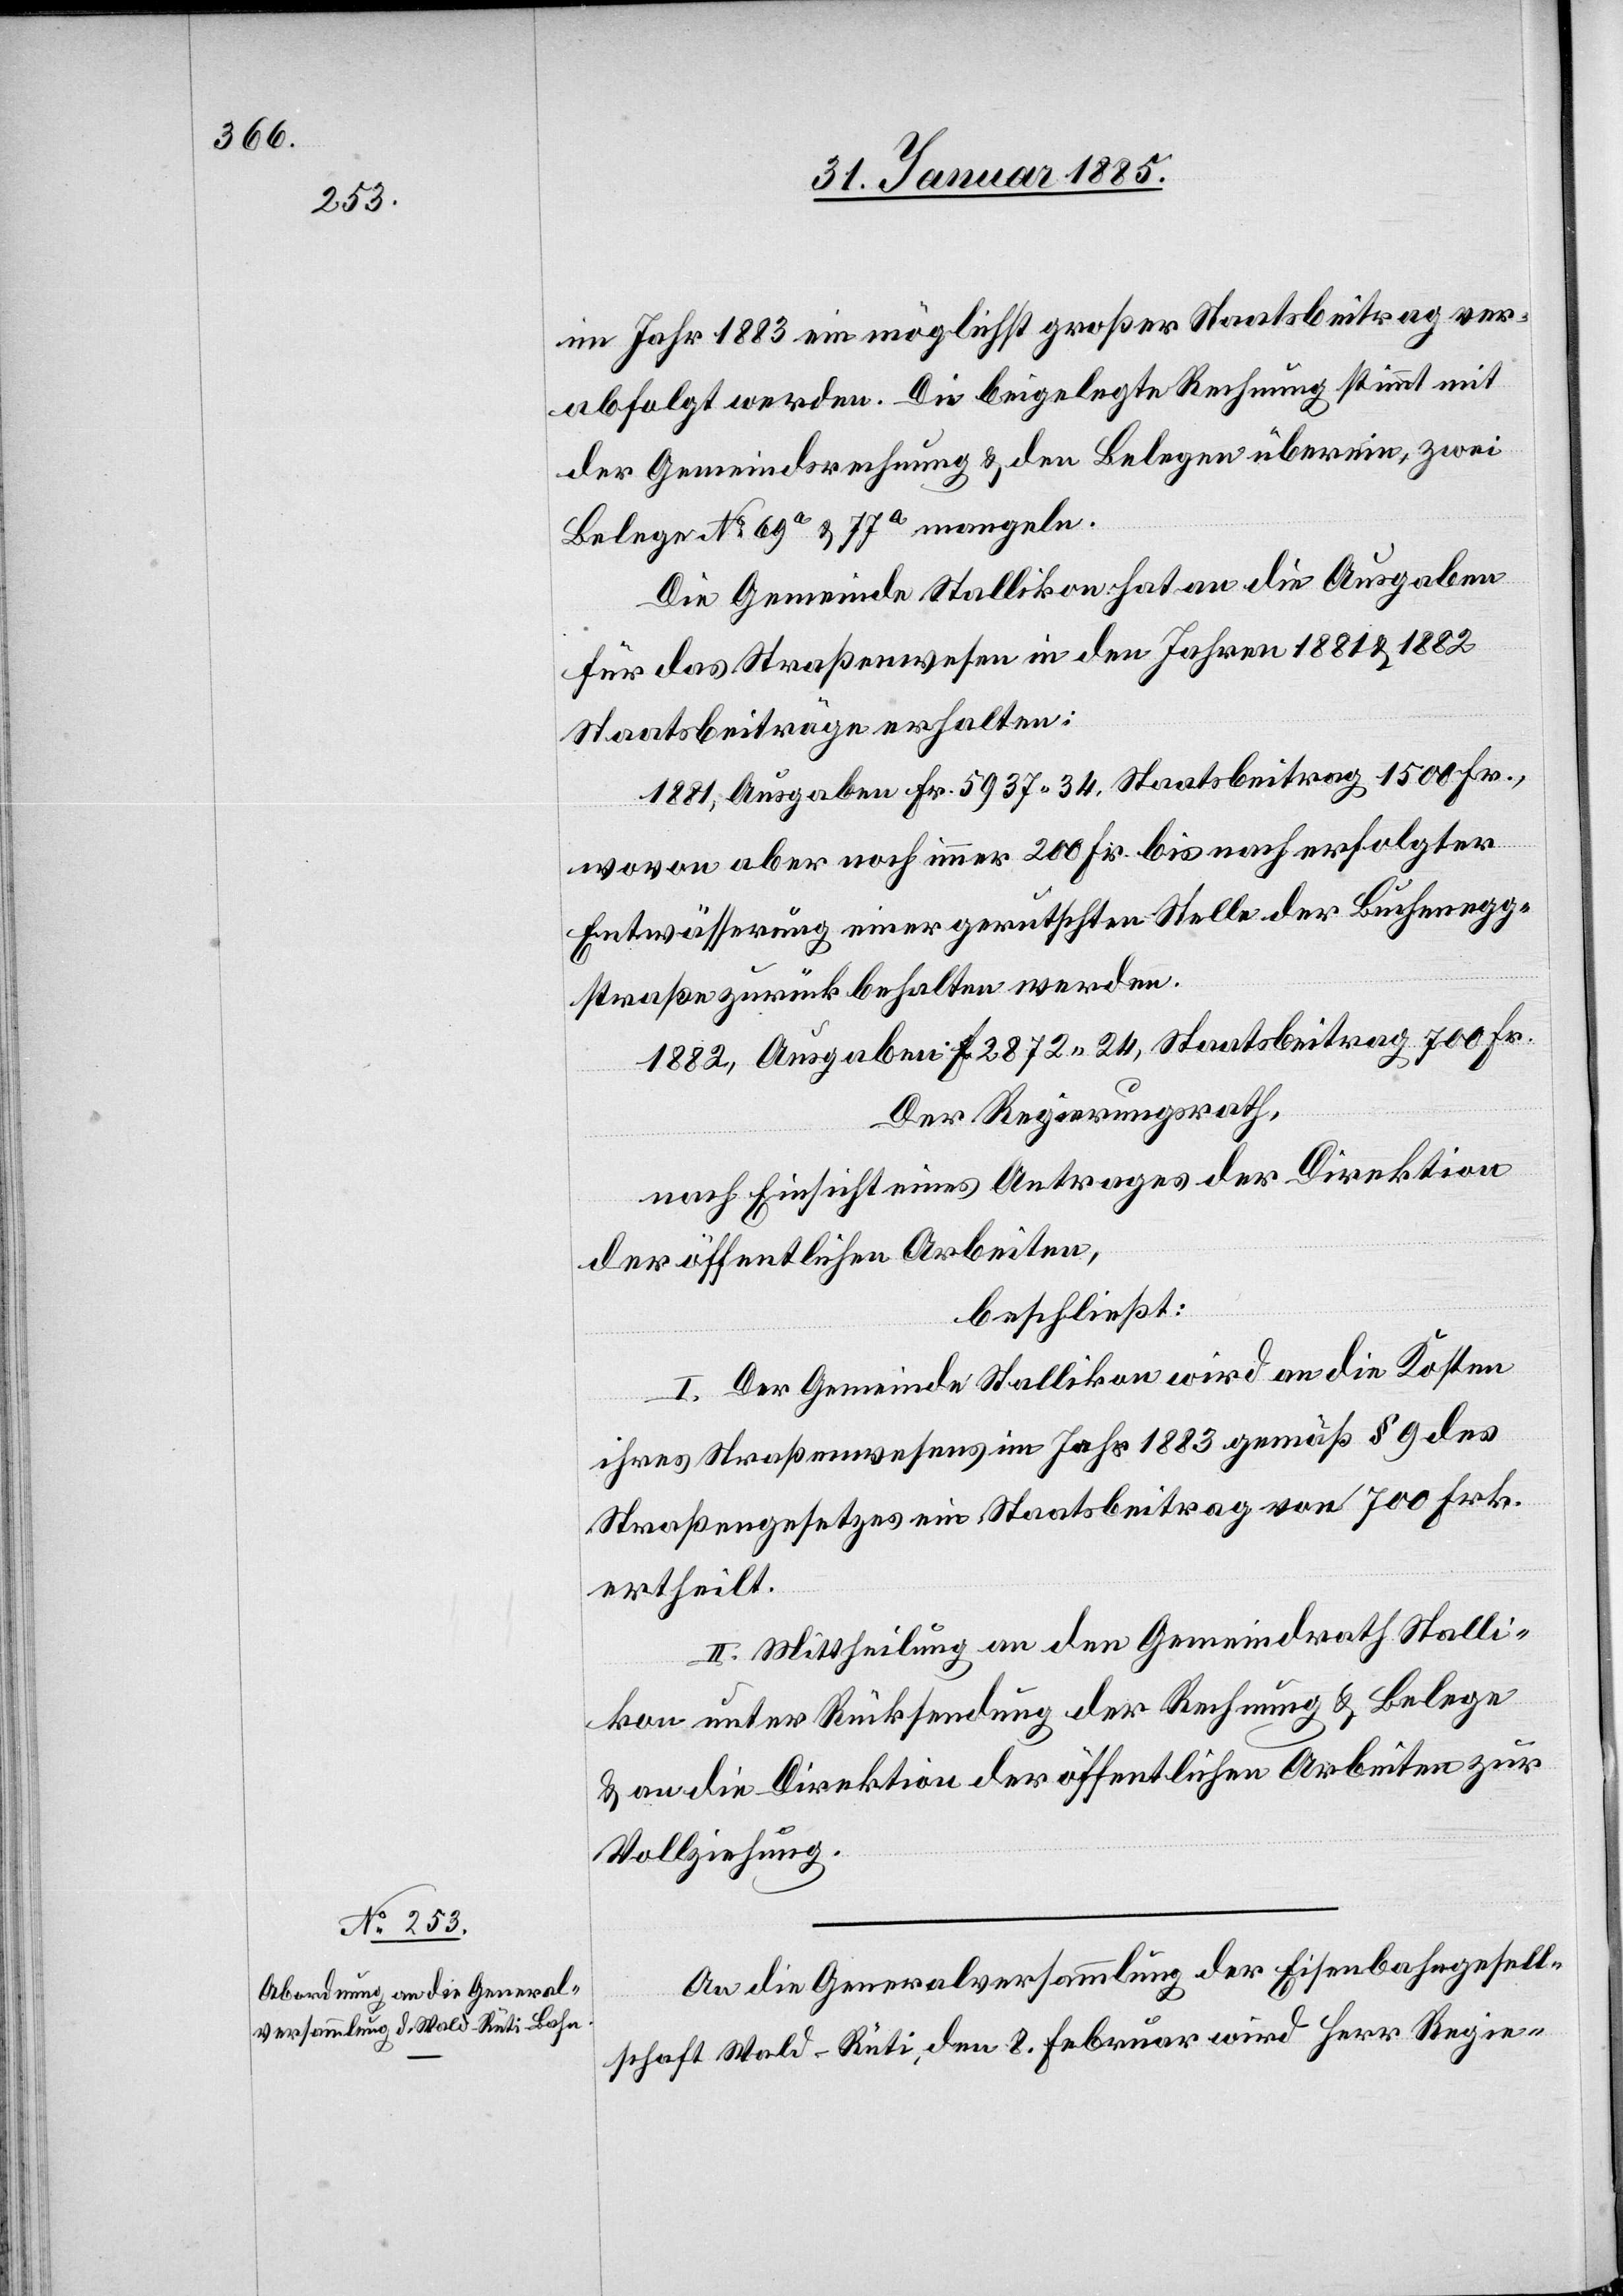
im Jahr 1883 ein möglichst großer Staatsbeitrag ver¬
abfolgt werden. Die beigelegte Rechnung stimmt mit
der Gemeindsrechnung & den Belegen überein, zwei
Belege No 69 & 77a mangeln.
Die Gemeinde Stallikon hat an die Ausgaben
für das Straßenwesen in den Jahren 1881 & 1882
Staatsbeiträge erhalten:
1881, Ausgaben Fr. 5937 34, Staatsbeitrag 1500 Fr.,
wovon aber noch immer 200 Fr. bis nach erfolgter
Entwässerung einer gerutschten Stelle der Buchenegg¬
straße zurück behalten werden.
1882, Ausgaben Fr. 2872 24, Staatsbeitrag 700 Fr.
Der Regierungsrath,
nach Einsicht eines Antrages der Direktion
der öffentlichen Arbeiten,
beschließt:
I. Der Gemeinde Stallikon wird an die Kosten
ihres Straßenwesens im Jahr 1883 gemäß § 9 des
Straßengesetzes ein Staatsbeitrag von 700 Frk.
ertheilt.
II. Mittheilung an den Gemeindrath Stalli¬
kon unter Rücksendung der Rechnung & Belege
& an die Direktion der öffentlichen Arbeiten zur
Vollziehung.
An die Generalversammlung der Eisenbahngesell¬
schaft Wald–Rüti, den 8. Februar wird Herr Regie-